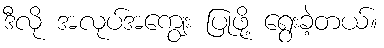
ဒီလို အလုပ်အကျွေး ပြုဖို့ ရွေးခဲ့တယ်။